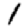
Digit: 1